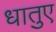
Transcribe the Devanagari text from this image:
धातुए